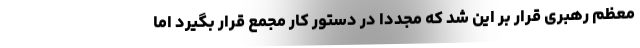
معظم رهبری قرار بر این شد که مجددا در دستور کار مجمع قرار بگیرد اما